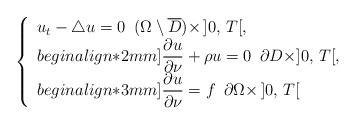
LaTeX: \begin{align*}\left\{\begin{array}{l}\displaystyle u_t-\triangle u=0\,\,\,(\Omega\setminus\overline D)\times\,]0,\,T[,\\begin{align*}2mm]\displaystyle \frac{\partial u}{\partial\nu}+\rho u=0\,\,\,\partial D\times]0,\,T[,\\begin{align*}3mm]\displaystyle\frac{\partial u}{\partial\nu}=f\,\,\,\partial\Omega\times\,]0,\,T[\end{array}\right.\end{align*}